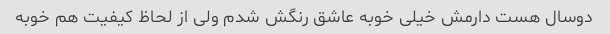
دوسال هست دارمش خیلی خوبه عاشق رنگش شدم ولی از لحاظ کیفیت هم خوبه